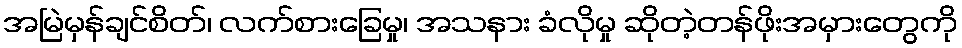
အမြဲမှန်ချင်စိတ်၊ လက်စားခြေမှု၊ အသနား ခံလိုမှု ဆိုတဲ့တန်ဖိုးအမှားတွေကို